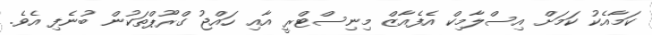
ކަމާއެކު ކަމަށް އިސްލާމިކް އެފެއާޒް މިނިސްޓްރީ އާއި ހައްޖު ގްރޫޕްތަކުން ބުނެފި އެވެ.